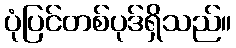
ပုံပြင်တစ်ပုဒ်ရှိသည်။